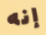
إنه